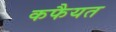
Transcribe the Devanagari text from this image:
कफैयत